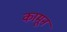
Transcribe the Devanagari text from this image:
कामून